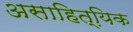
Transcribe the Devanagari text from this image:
असाहित्यि़क